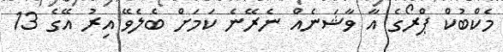
މެކްބުކް ޕްރޯގެ އާ ވާޝަނެއް ނެރޭނެ ކަމަށް ބެލެވޭ އިރު އޭގެ 13